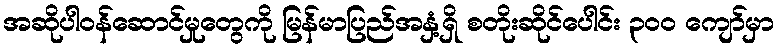
အဆိုပါဝန်ဆောင်မှုတွေကို မြန်မာပြည်အနှံ့ရှိ စတိုးဆိုင်ပေါင်း ၃ဝဝ ကျော်မှာ